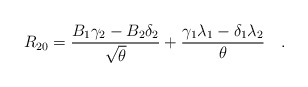
\begin{align*} R_{20} ={B_1\gamma_2 - B_2 \delta_2\over{\sqrt{\theta}}} + {\gamma_1 \lambda_1 - \delta_1\lambda_2\over{\theta}} \quad .\end{align*}